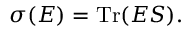
\sigma ( E ) = \operatorname { T r } ( E S ) .